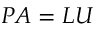
P A = L U